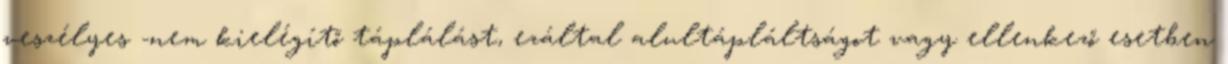
veszélyes -nem kielégítő táplálást, ezáltal alultápláltságot vagy ellenkező esetben